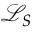
\mathcal { L } _ { S }